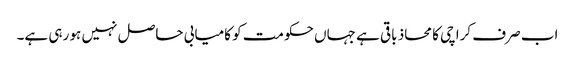
اب صرف کراچی کا محاذ باقی ہے جہاں حکومت کو کامیابی حاصل نہیں ہو رہی ہے۔